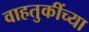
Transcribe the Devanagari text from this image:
वाहतुकींच्या